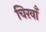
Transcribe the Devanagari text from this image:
चिरवाँ